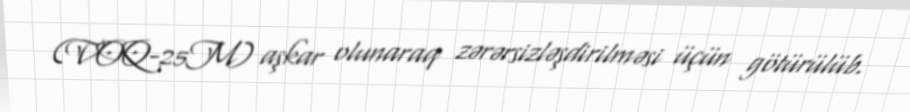
(VOQ-25M) aşkar olunaraq zərərsizləşdirilməsi üçün götürülüb.